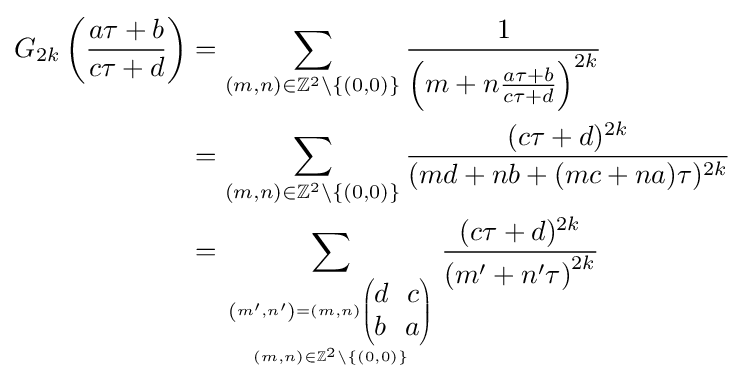
{\begin{aligned}G_{2k}\left({\frac {a\tau +b}{c\tau +d}}\right)&=\sum _{(m,n)\in \mathbb {Z} ^{2}\setminus \{(0,0)\}}{\frac {1}{\left(m+n{\frac {a\tau +b}{c\tau +d}}\right)^{2k}}}\\&=\sum _{(m,n)\in \mathbb {Z} ^{2}\setminus \{(0,0)\}}{\frac {(c\tau +d)^{2k}}{(md+nb+(mc+na)\tau )^{2k}}}\\&=\sum _{\left(m',n'\right)=(m,n){\begin{pmatrix}d\ \ c\\b\ \ a\end{pmatrix}} \atop (m,n)\in \mathbb {Z} ^{2}\setminus \{(0,0)\}}{\frac {(c\tau +d)^{2k}}{\left(m'+n'\tau \right)^{2k}}}\end{aligned}}